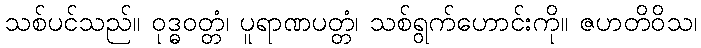
သစ်ပင်သည်။ ဝုဒ္ဓဝတ္တံ၊ ပူရာဏပတ္တံ၊ သစ်ရွက်ဟောင်းကို။ ဇဟတိဝိသ၊